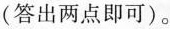
(答出两点即可)。